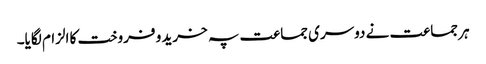
ہر جماعت نے دوسری جماعت پہ خرید و فروخت کا الزام لگایا۔